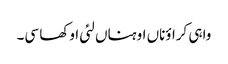
واہی کراؤناں اوہناں لئی اوکھا سی۔